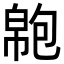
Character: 𢄝